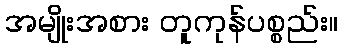
အမျိုးအစား တူကုန်ပစ္စည်း။